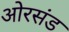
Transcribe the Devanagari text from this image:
ओरसंड